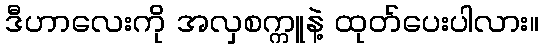
ဒီဟာလေးကို အလှစက္ကူနဲ့ ထုတ်ပေးပါလား။